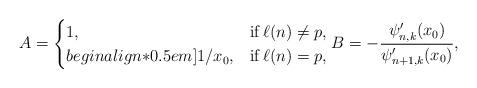
LaTeX: \begin{align*}A=\begin{cases}1, & \mathrm{if}\,\ell(n)\neq p,\\begin{align*}0.5em]1/x_{0}, & \mathrm{if}\,\ell(n)=p,\end{cases}B=-\frac{\psi_{n,k}'(x_{0})}{\psi_{n+1,k}'(x_{0})},\end{align*}